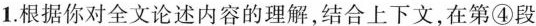
1.根据你对全文论述内容的理解，结合上下文，在第④段